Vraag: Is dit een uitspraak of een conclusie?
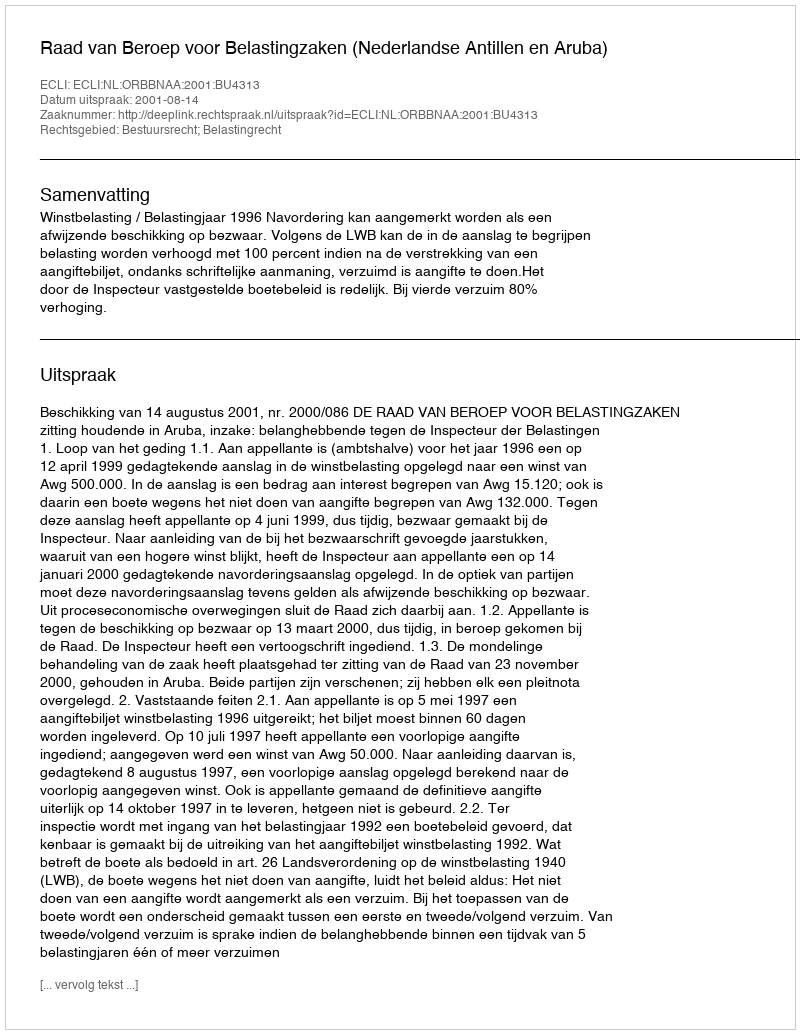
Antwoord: Uitspraak